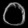
Digit: ၀